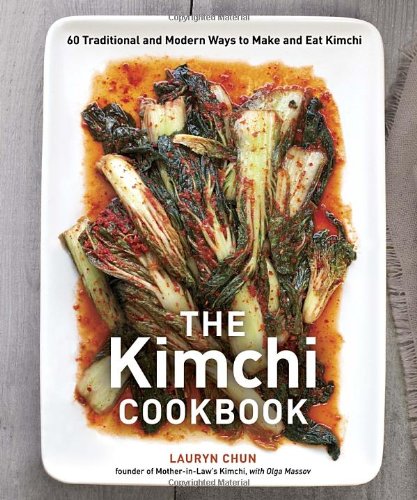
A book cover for The Kimchi Cookbook: 60 Traditional and Modern Ways to Make and Eat Kimchi; Lauryn Chun; Cookbooks, Food & Wine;